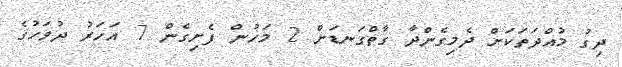
ދިގު މުއްދަތަކަށް ދެމިގެންދާ ގާތްގަނޑަށް 2 މަހުން ފެށިގެން 7 އަހަރު ދުވަހުގެ